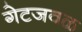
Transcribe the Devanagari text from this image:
गेटजवळ